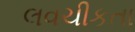
લવચીકતા